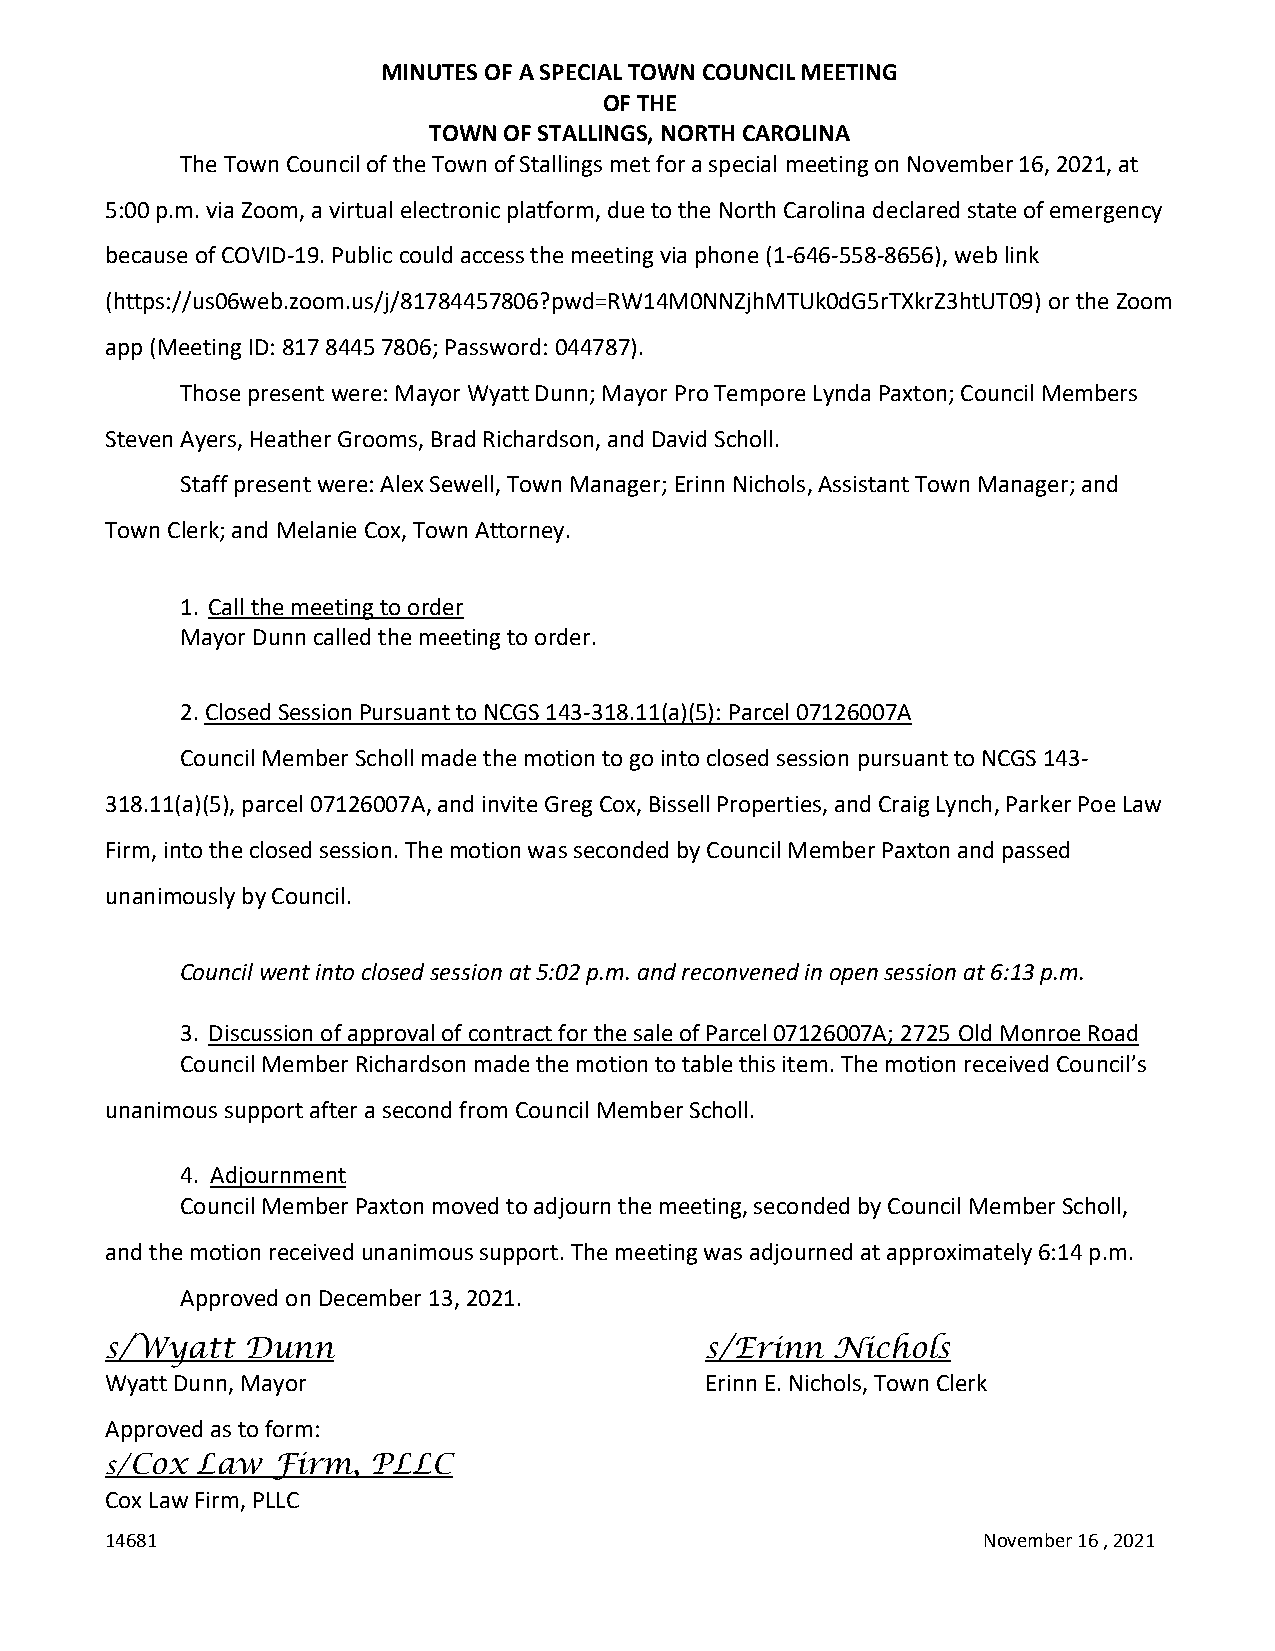
MINUTES OF A SPECIAL TOWN COUNCIL MEETING
 OF THE
 TOWN OF STALLINGS, NORTH CAROLINA
 The Town Council of the Town of Stallings met for a special meeting on November 16, 2021, at
 5:00 p.m. via Zoom, a virtual electronic platform, due to the North Carolina declared state of emergency
 because of COVID-19. Public could access the meeting via phone (1-646-558-8656), web link
 (https://us06web.zoom.us/j/81784457806?pwd=RW14M0NNZjhMTUk0dG5rTXkrZ3htUT09) or the Zoom
 app (Meeting ID: 817 8445 7806; Password: 044787).
 Those present were: Mayor Wyatt Dunn; Mayor Pro Tempore Lynda Paxton; Council Members
 Steven Ayers, Heather Grooms, Brad Richardson, and David Scholl.
 Staff present were: Alex Sewell, Town Manager; Erinn Nichols, Assistant Town Manager; and
 Town Clerk; and Melanie Cox, Town Attorney.
 1. Call the meeting to order
 Mayor Dunn called the meeting to order.
 2. Closed Session Pursuant to NCGS 143-318.11(a)(5): Parcel 07126007A
 Council Member Scholl made the motion to go into closed session pursuant to NCGS 143-
 318.11(a)(5), parcel 07126007A, and invite Greg Cox, Bissell Properties, and Craig Lynch, Parker Poe Law
 Firm, into the closed session. The motion was seconded by Council Member Paxton and passed
 unanimously by Council.
 Council went into closed session at 5:02 p.m. and reconvened in open session at 6:13 p.m.
 3. Discussion of approval of contract for the sale of Parcel 07126007A; 2725 Old Monroe Road
 Council Member Richardson made the motion to table this item. The motion received Council’s
 unanimous support after a second from Council Member Scholl.
 4. Adjournment
 Council Member Paxton moved to adjourn the meeting, seconded by Council Member Scholl,
 and the motion received unanimous support. The meeting was adjourned at approximately 6:14 p.m.
 Approved on December 13, 2021.
 s/Wyatt  Dunn                           s/Erinn Nichols
 Wyatt Dunn, Mayor                       Erinn E. Nichols, Town Clerk
 Approved as to form:
 s/Cox Law  Firm,  PLLC
 Cox Law Firm, PLLC
 14681                                                     November 16 , 2021